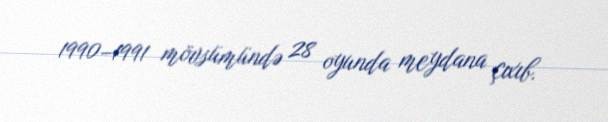
1990–1991 mövsümündə 28 oyunda meydana çıxıb.